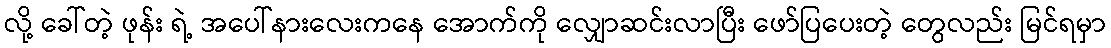
လို့ ခေါ်တဲ့ ဖုန်း ရဲ့ အပေါ်နားလေးကနေ အောက်ကို လျှောဆင်းလာပြီး ဖော်ပြပေးတဲ့ တွေလည်း မြင်ရမှာ